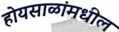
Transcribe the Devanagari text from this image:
होयसाळांमधील